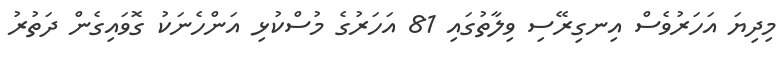
މިދިޔަ އަހަރުވެސް އިނގިރޭސި ވިލާތުގައި 81 އަހަރުގެ މުސްކުޅި އަންހެނަކު ގޮވައިގެން ދަތުރު